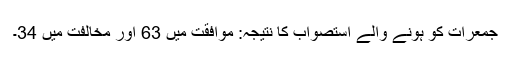
جمعرات کو ہونے والے استصواب کا نتیجہ: موافقت میں 63 اور مخالفت میں 34۔